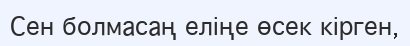
Сен болмасаң еліңе өсек кірген,